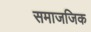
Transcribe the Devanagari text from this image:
समाजजिक